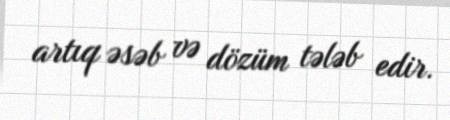
artıq əsəb və dözüm tələb edir.